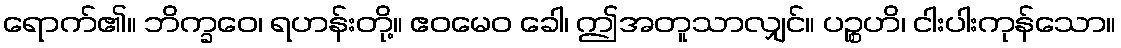
ရောက်၏။ ဘိက္ခဝေ၊ ရဟန်းတို့။ ဧဝမေဝ ခေါ၊ ဤအတူသာလျှင်။ ပဉ္စဟိ၊ ငါးပါးကုန်သော။